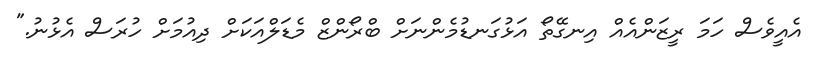
އެއީވެސް ހަމަ ރީޒަންއެއް އިނގޭތޯ އަޅުގަނޑުމެންނަށް ބްރޯންޒް މެޑަލްއަކަށް ދިއުމަށް ހުރަސް އެޅުނު."